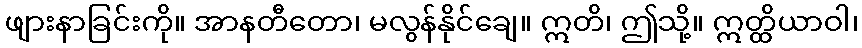
ဖျားနာခြင်းကို။ အာနတီတော၊ မလွန်နိုင်ချေ။ ဣတိ၊ ဤသို့။ ဣတ္ထိယာဝါ၊